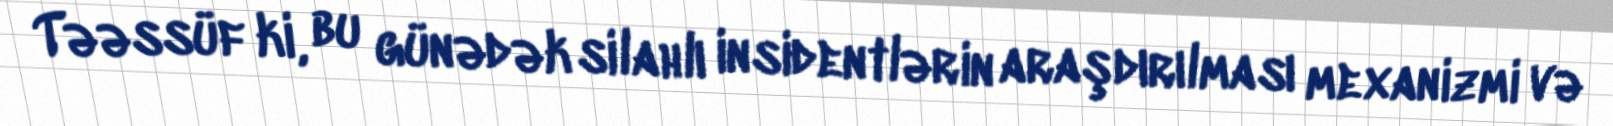
Təəssüf ki, bu günədək silahlı insidentlərin araşdırılması mexanizmi və